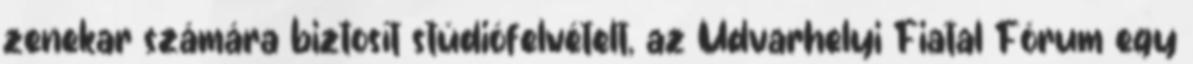
zenekar számára biztosít stúdiófelvételt, az Udvarhelyi Fiatal Fórum egy